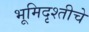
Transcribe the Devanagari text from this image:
भूमिदृश्तीचे